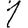
Digit: 1